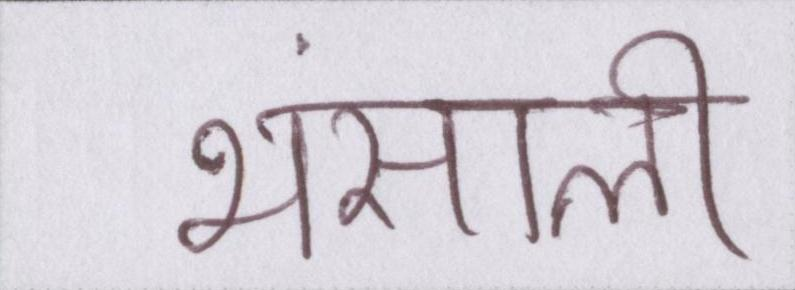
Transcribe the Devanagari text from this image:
भंसाली